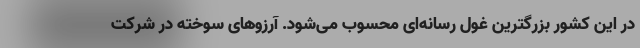
در این کشور بزرگترین غول رسانه‌ای محسوب می‌شود. آرزوهای سوخته در شرکت